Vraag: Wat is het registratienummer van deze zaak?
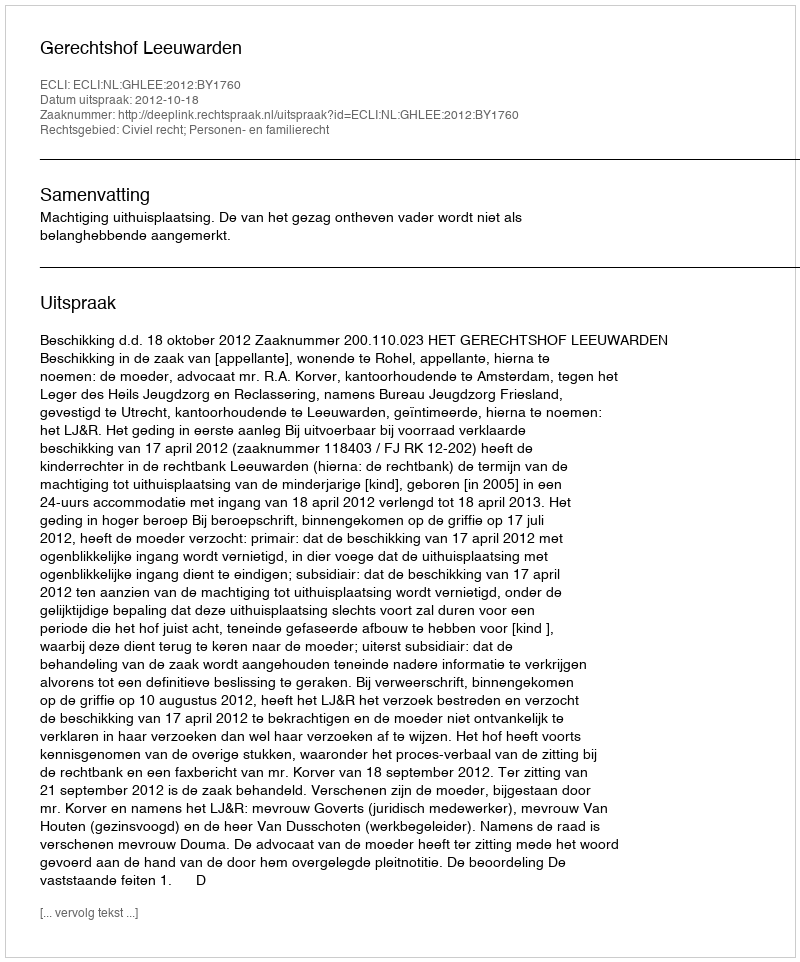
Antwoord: http://deeplink.rechtspraak.nl/uitspraak?id=ECLI:NL:GHLEE:2012:BY1760